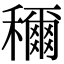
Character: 穪